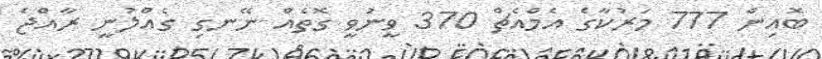
ބޮއިން 777 މަރުކާގެ އެމްއެޗް 370 ވީނުވީ ގޮތެއް ނޭނގި ގެއްލުނީ ރާއްޖެ